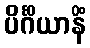
ပိင်္ဂိယာနိံ